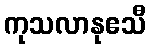
ကုသလာနုဧသီ